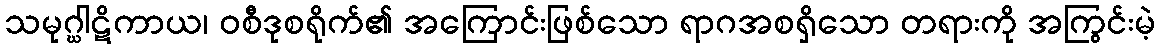
သမုဂ္ဃါဋိကာယ၊ ဝစီဒုစရိုက်၏ အကြောင်းဖြစ်သော ရာဂအစရှိသော တရားကို အကြွင်းမဲ့